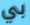
بي